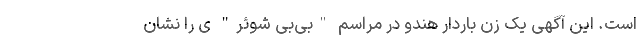
است. این آگهی یک زن باردار هندو در مراسم "بی‌بی‌ شوئر" ی را نشان